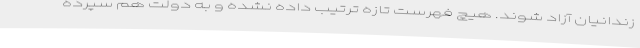
زندانیان آزاد شوند. هیچ فهرست تازه ترتیب داده نشده و به دولت هم سپرده